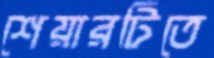
শেয়ারটিতে